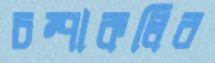
চম্পাকলির